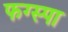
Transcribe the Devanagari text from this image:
फग्स्पा